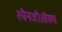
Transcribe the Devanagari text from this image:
स्पैनजीऔसम।